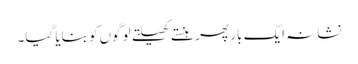
نشانہ ایک بار پھر ہنستے کھیلتے لوگوں کو بنایا گیا۔